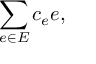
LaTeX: \sum _ { e \in E } c _ { e } e ,